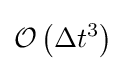
{\mathcal {O}}\left(\Delta t^{3}\right)